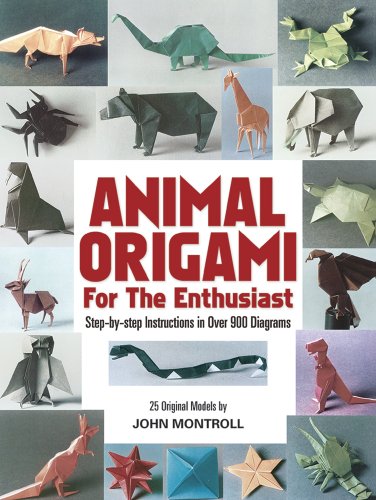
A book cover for Animal Origami for the Enthusiast: Step-by-Step Instructions in Over 900 Diagrams/25 Original Models (Dover Origami Papercraft); John Montroll; Humor & Entertainment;